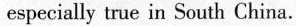
especially true in South China.